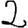
Digit: 2